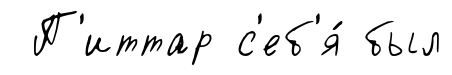
П'иттар с'еб'я́ был